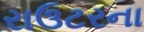
રાઉટરના